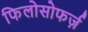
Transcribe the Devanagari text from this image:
फिलोसोफर्ज़